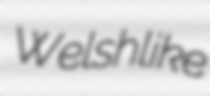
Welshlike